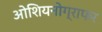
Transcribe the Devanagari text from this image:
ओशियनोग्राफर